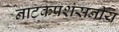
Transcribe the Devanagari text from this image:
नाटकप्रशंसनीय